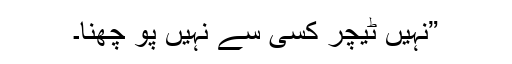
”نہیں ٹیچر کسی سے نہیں پو چھنا۔